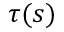
\tau ( s )